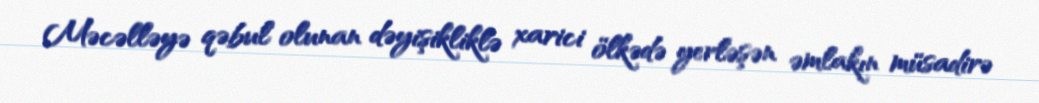
Məcəlləyə qəbul olunan dəyişikliklə xarici ölkədə yerləşən əmlakın müsadirə